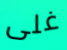
غلى